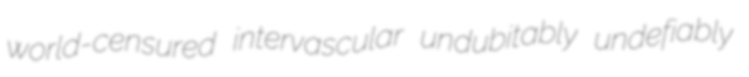
world-censured intervascular undubitably undefiably